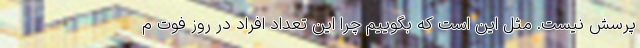
پرسش نیست. مثل این است که بگوییم چرا این تعداد افراد در روز فوت م